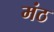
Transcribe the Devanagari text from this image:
मंठ